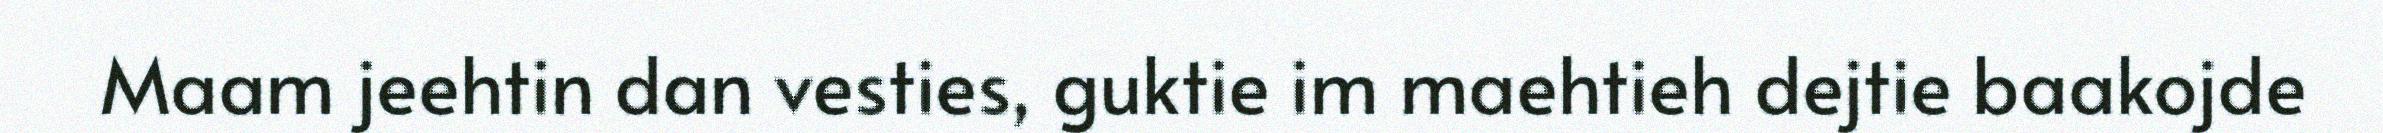
Maam jeehtin dan vesties, guktie im maehtieh dejtie baakojde